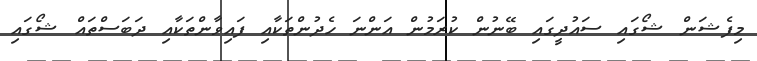
މިފެޝަން ޝޯގައި ސައުދީގައި ބޭނުން ކުރަމުން އަންނަ ހެދުންތަކާއި ފައިވާންތަކާއި ދަބަސްތައް ޝޯގައި